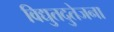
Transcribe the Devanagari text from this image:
विद्युतदुतेजना